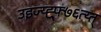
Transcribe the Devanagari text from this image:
उइज्य्ह्फ्र्७६त्य्त्